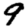
Digit: 9